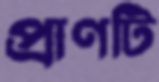
প্রাণটি